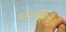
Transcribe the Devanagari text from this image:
चार्ल्सबियर्ड